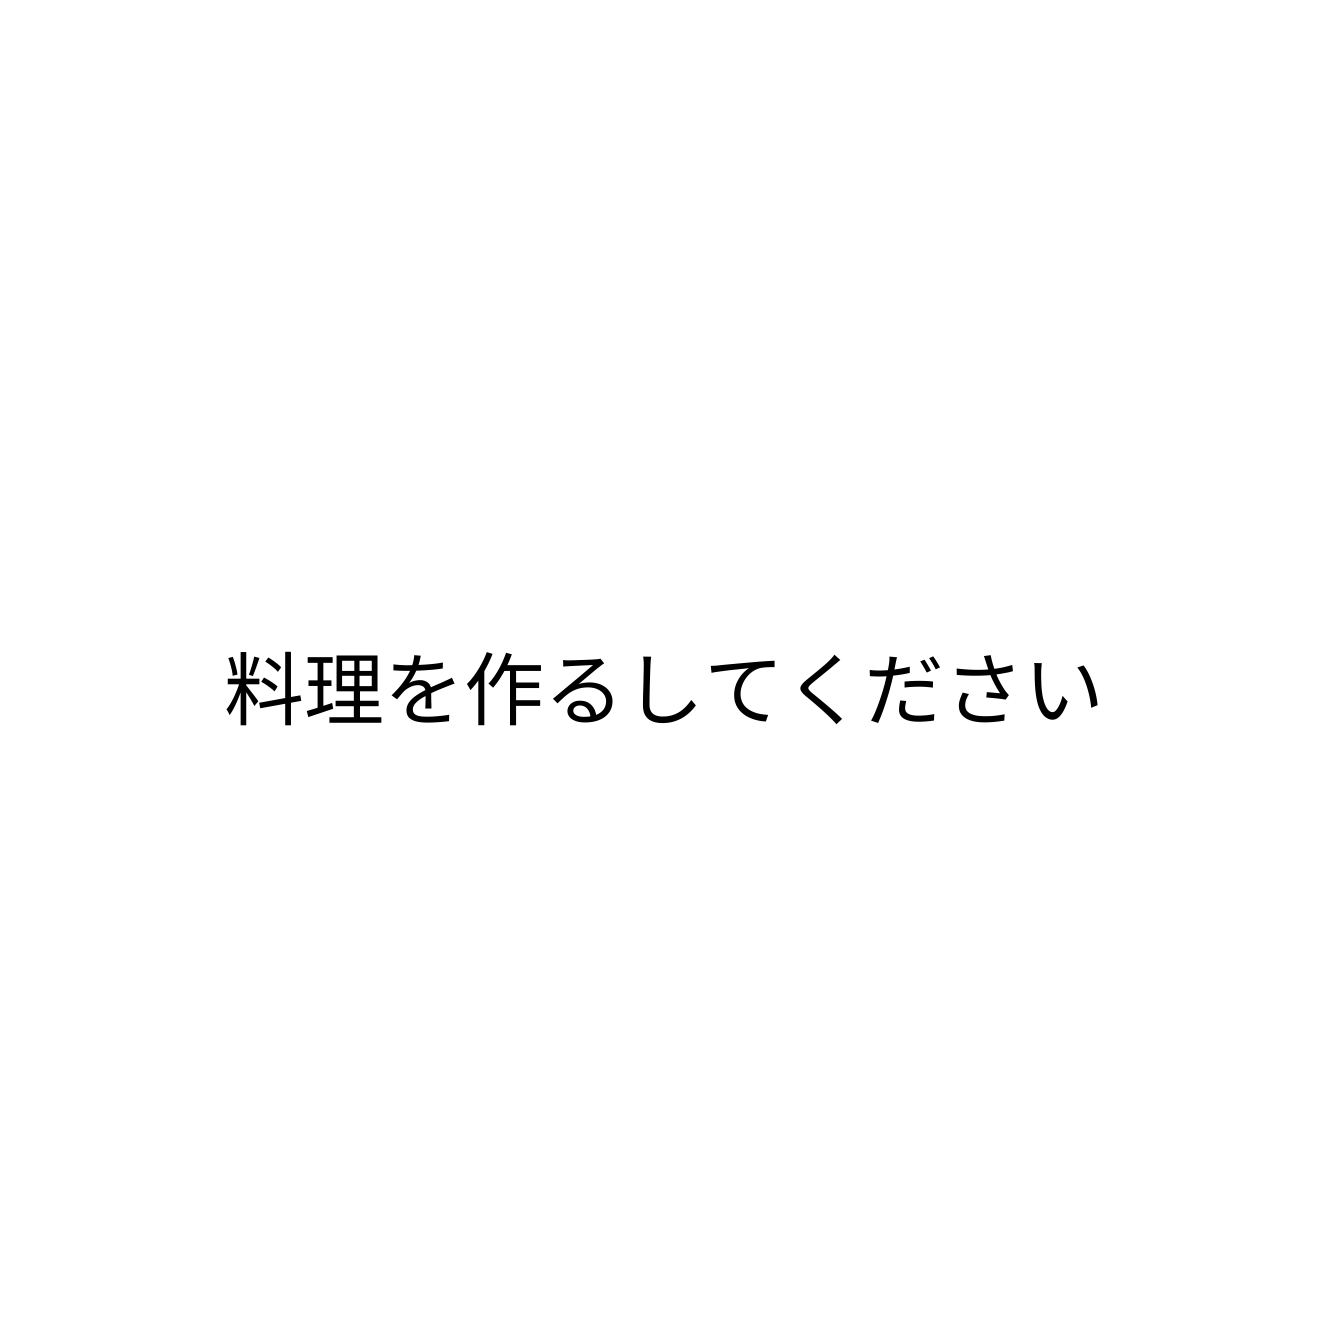
料理を作るしてください